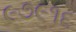
૯૭૯૧૬